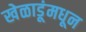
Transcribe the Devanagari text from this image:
खेळाडूंमधून